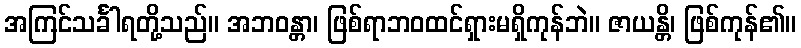
အကြင်သင်္ခါရတို့သည်။ အဘဝန္တာ၊ ဖြစ်ရာဘဝထင်ရှားမရှိကုန်ဘဲ။ ဇာယန္တိ၊ ဖြစ်ကုန်၏။